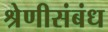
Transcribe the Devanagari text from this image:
श्रेणीसंबंध